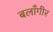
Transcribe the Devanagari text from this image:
बलाँगीर